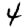
Digit: 4